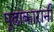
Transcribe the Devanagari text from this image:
पुढाकारानी